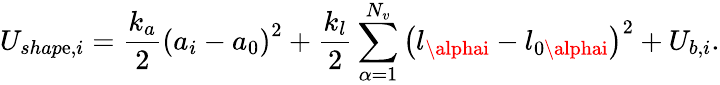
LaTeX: U_{shap\mathrm{e},i}=\frac{{k_{a}}}{{2}}\left(a_{i}-a_{0}\right)^{2}+\frac{{k_{l}}}{{2}}\sum_{\alpha=1}^{N_{v}}\left(l_{\alphai}-l_{0\alphai}\right)^{2}+U_{b,i}.